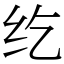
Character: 纥